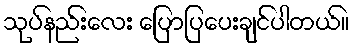
သုပ်နည်းလေး ပြောပြပေးချင်ပါတယ်။